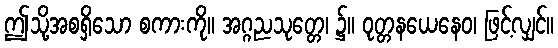
ဤသို့အစရှိသော စကားကို။ အဂ္ဂညသုတ္တေ၊ ၌။ ဝုတ္တနယေနေဝ၊ ဖြင့်လျှင်။